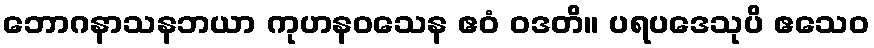
ဘောဂနာသနဘယာ ကုဟနဝသေန ဧဝံ ဝဒတိ။ ပရပဒေသုပိ ဧသေဝ